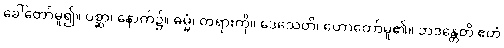
ခေါ်တော်မူ၍။ ပစ္ဆာ၊ နောက်၌။ ဓမ္မံ၊ တရားကို။ ဒေသေတိ၊ ဟောတော်မူ၏။ ဘဒန္တေတိ ဧတံ